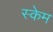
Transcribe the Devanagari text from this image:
स्केम